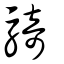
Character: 騎